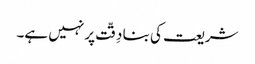
شریعت کی بنا دِقّت پر نہیں ہے۔